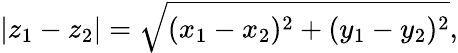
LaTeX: |z_{1}-z_{2}|={\sqrt{(x_{1}-x_{2})^{2}+(y_{1}-y_{2})^{2}}},